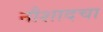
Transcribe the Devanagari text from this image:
नौशादचा